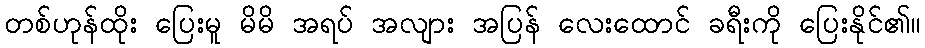
တစ်ဟုန်ထိုး ပြေးမူ မိမိ အရပ် အလျား အပြန် လေးထောင် ခရီးကို ပြေးနိုင်၏။